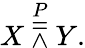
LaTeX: X\ {\overset{P}{\doublebarwedge}}\ Y.